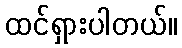
ထင်ရှားပါတယ်။